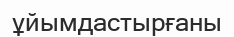
ұйымдастырғаны